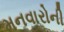
મનવારોની